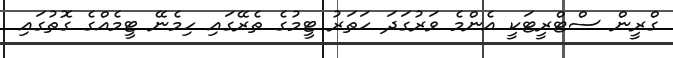
ގްރީން ސްޓްރީޓަކީ އެންމެ ވަރުގަދަ ހަތަރު ޓީމުގެ ތެރޭގައި ހިމެނޭ ޓީމެއްގެ ގޮތުގައި